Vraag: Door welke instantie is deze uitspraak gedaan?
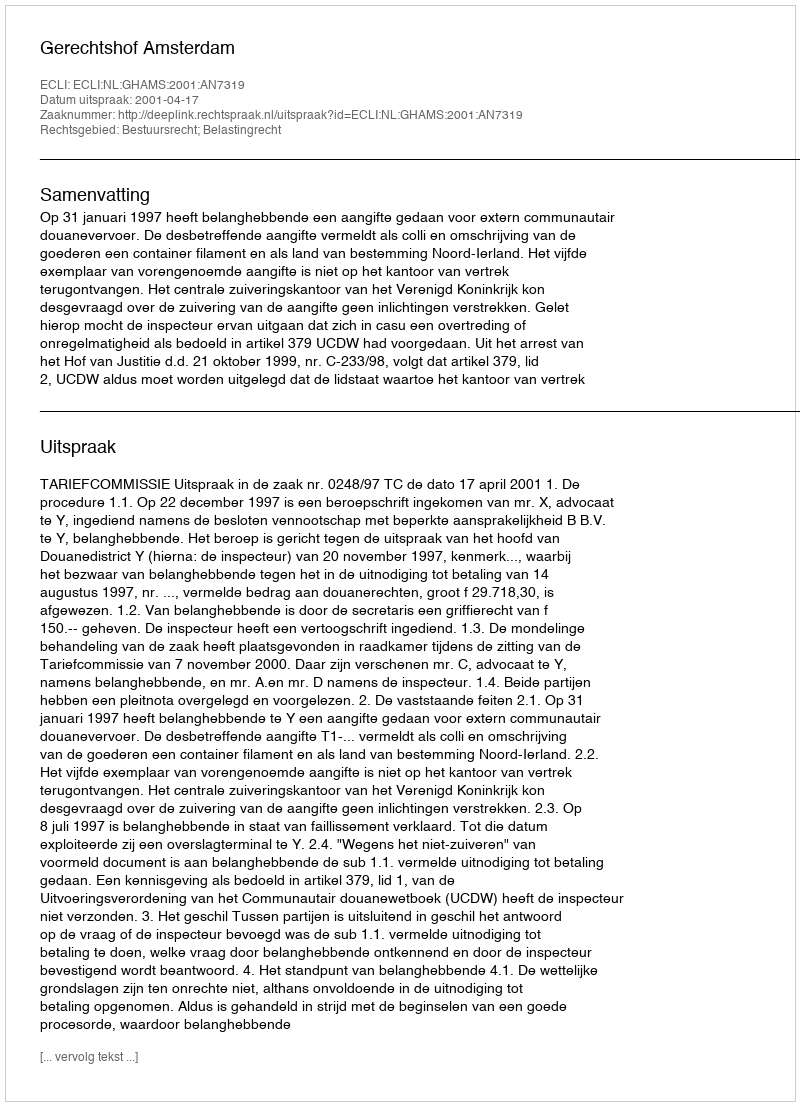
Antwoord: Gerechtshof Amsterdam